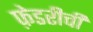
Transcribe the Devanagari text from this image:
फ़ेडरीची